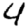
Digit: 4